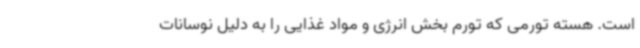
است. هسته تورمی که تورم بخش انرژی و مواد غذایی را به دلیل نوسانات